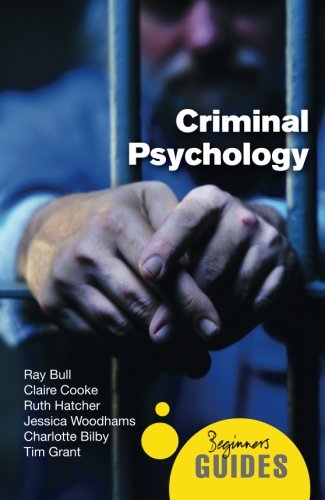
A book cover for Criminal Psychology: A Beginner's Guide (Beginner's Guides); Ray Bull; Medical Books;